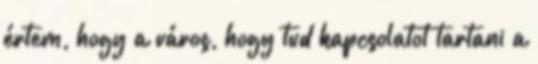
értem, hogy a város, hogy tud kapcsolatot tartani a